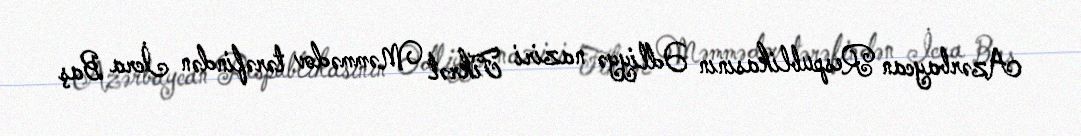
Azərbaycan Respublikasının Ədliyyə naziri Fikrət Məmmədov tərəfindən İcra Baş